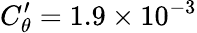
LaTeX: C_{\theta}^{\prime}=1.9\times 10^{-3}